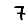
Digit: 7